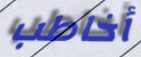
أخاطب